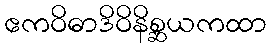
ဧကဝိဓာဒိဝိနိစ္ဆယကထာ